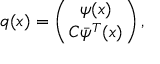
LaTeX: q ( x ) = \left( { \psi ( x ) \atop C \bar { \psi } ^ { T } ( x ) } \right) ,